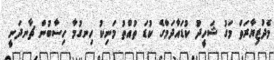
މެދުޒިޔާރަތް މަގު ޝަހީދު ކުޑައާދަމްގެ ކުޑަ ތުއްތު މަނިކު ހިނގުމާ ހިސާބުން ޗާނދަނީ